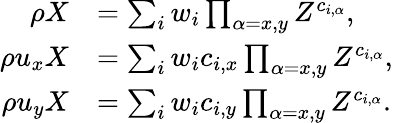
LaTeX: \begin{array}{rl}{\rho X}&{=\sum_{i}w_{i}\prod_{\alpha=x,y}Z^{c_{i,\alpha}},}\\ {\rho u_{x}X}&{=\sum_{i}w_{i}c_{i,x}\prod_{\alpha=x,y}Z^{c_{i,\alpha}},}\\ {\rho u_{y}X}&{=\sum_{i}w_{i}c_{i,y}\prod_{\alpha=x,y}Z^{c_{i,\alpha}}.}\end{array}